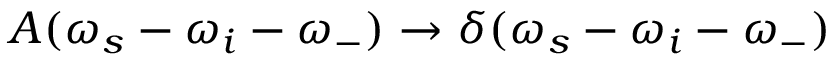
A ( \omega _ { s } - \omega _ { i } - \omega _ { - } ) \rightarrow \delta ( \omega _ { s } - \omega _ { i } - \omega _ { - } )